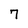
Character: 7